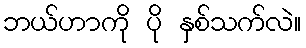
ဘယ်ဟာကို ပို နှစ်သက်လဲ။